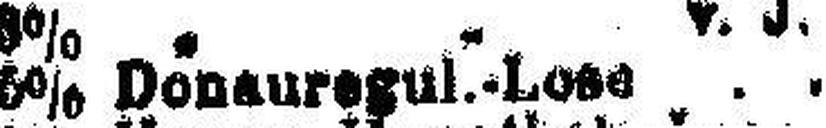
5% Donauregul.-Lose